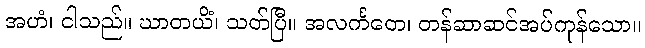
အဟံ၊ ငါသည်။ ဃာတယိံ၊ သတ်ပြီ။ အလင်္ကတေ၊ တန်ဆာဆင်အပ်ကုန်သော။